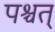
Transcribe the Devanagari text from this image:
पश्चत्